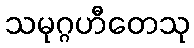
သမုဂ္ဂဟီတေသု